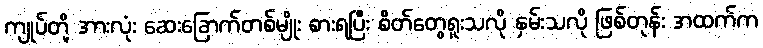
ကျုပ်တို့ အားလုံး ဆေးခြောက်တစ်မျိုး စားရပြီး စိတ်တွေရူးသလို နှမ်းသလို ဖြစ်တုန်း အထက်က